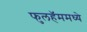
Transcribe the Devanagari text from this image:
फुलहॅममध्ये